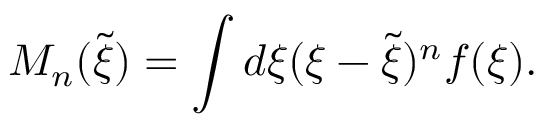
M _ { n } ( \tilde { \xi } ) = \int d \xi ( \xi - \tilde { \xi } ) ^ { n } f ( \xi ) .